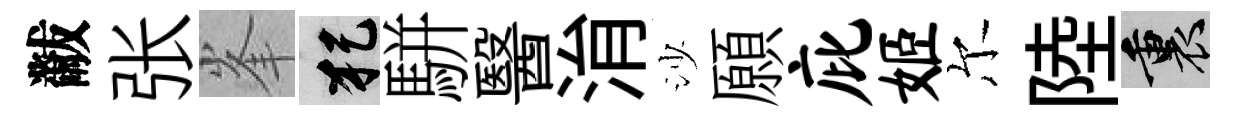
黻张峯犯駢醫㳙沙願庇姬尔陸裏